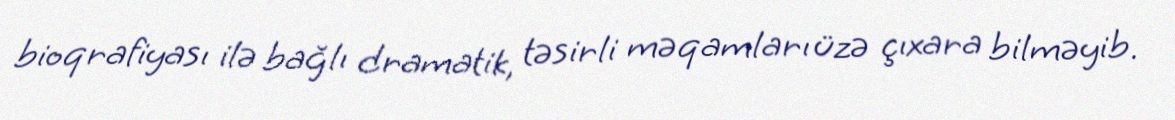
bioqrafiyası ilə bağlı dramatik, təsirli məqamları üzə çıxara bilməyib.